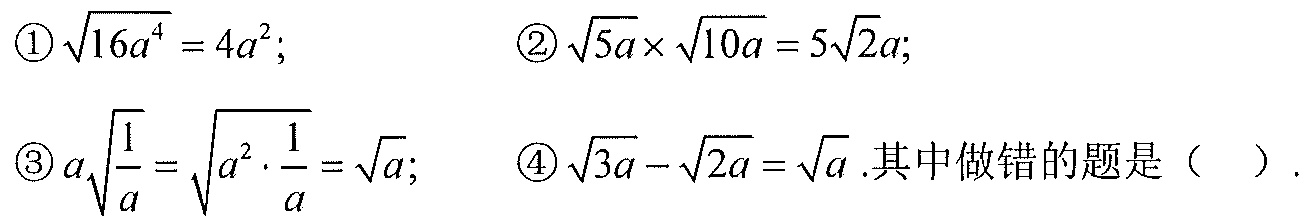
\begin{align*}
\textcircled{1}&\sqrt{16a^{4}} = 4a^{2}; &\textcircled{2}&\sqrt{5a}\times\sqrt{10a}=5\sqrt{2}a;\\
\textcircled{3}&a\sqrt{\frac{1}{a}}=\sqrt{a^{2}\cdot\frac{1}{a}}=\sqrt{a}; &\textcircled{4}&\sqrt{3a}-\sqrt{2a}=\sqrt{a}.\text{其中做错的题是（  ）}.
\end{align*}